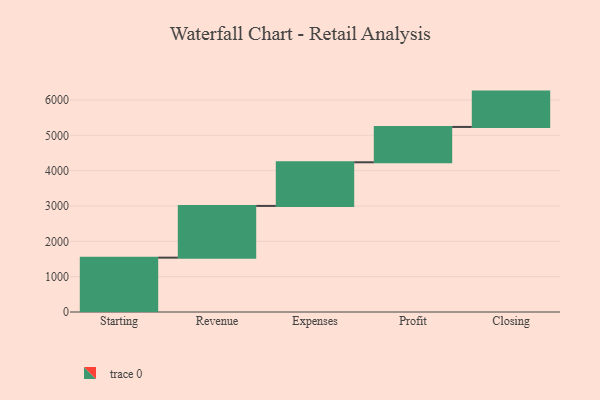
{"axis": {"x": "Step", "y": "Value"}, "legend": [""], "data": [{"x": "Starting", "y": 1538.0, "type": ""}, {"x": "Revenue", "y": 1464.0, "type": ""}, {"x": "Expenses", "y": 1235.0, "type": ""}, {"x": "Profit", "y": 1000, "type": ""}, {"x": "Closing", "y": 1000, "type": ""}]}